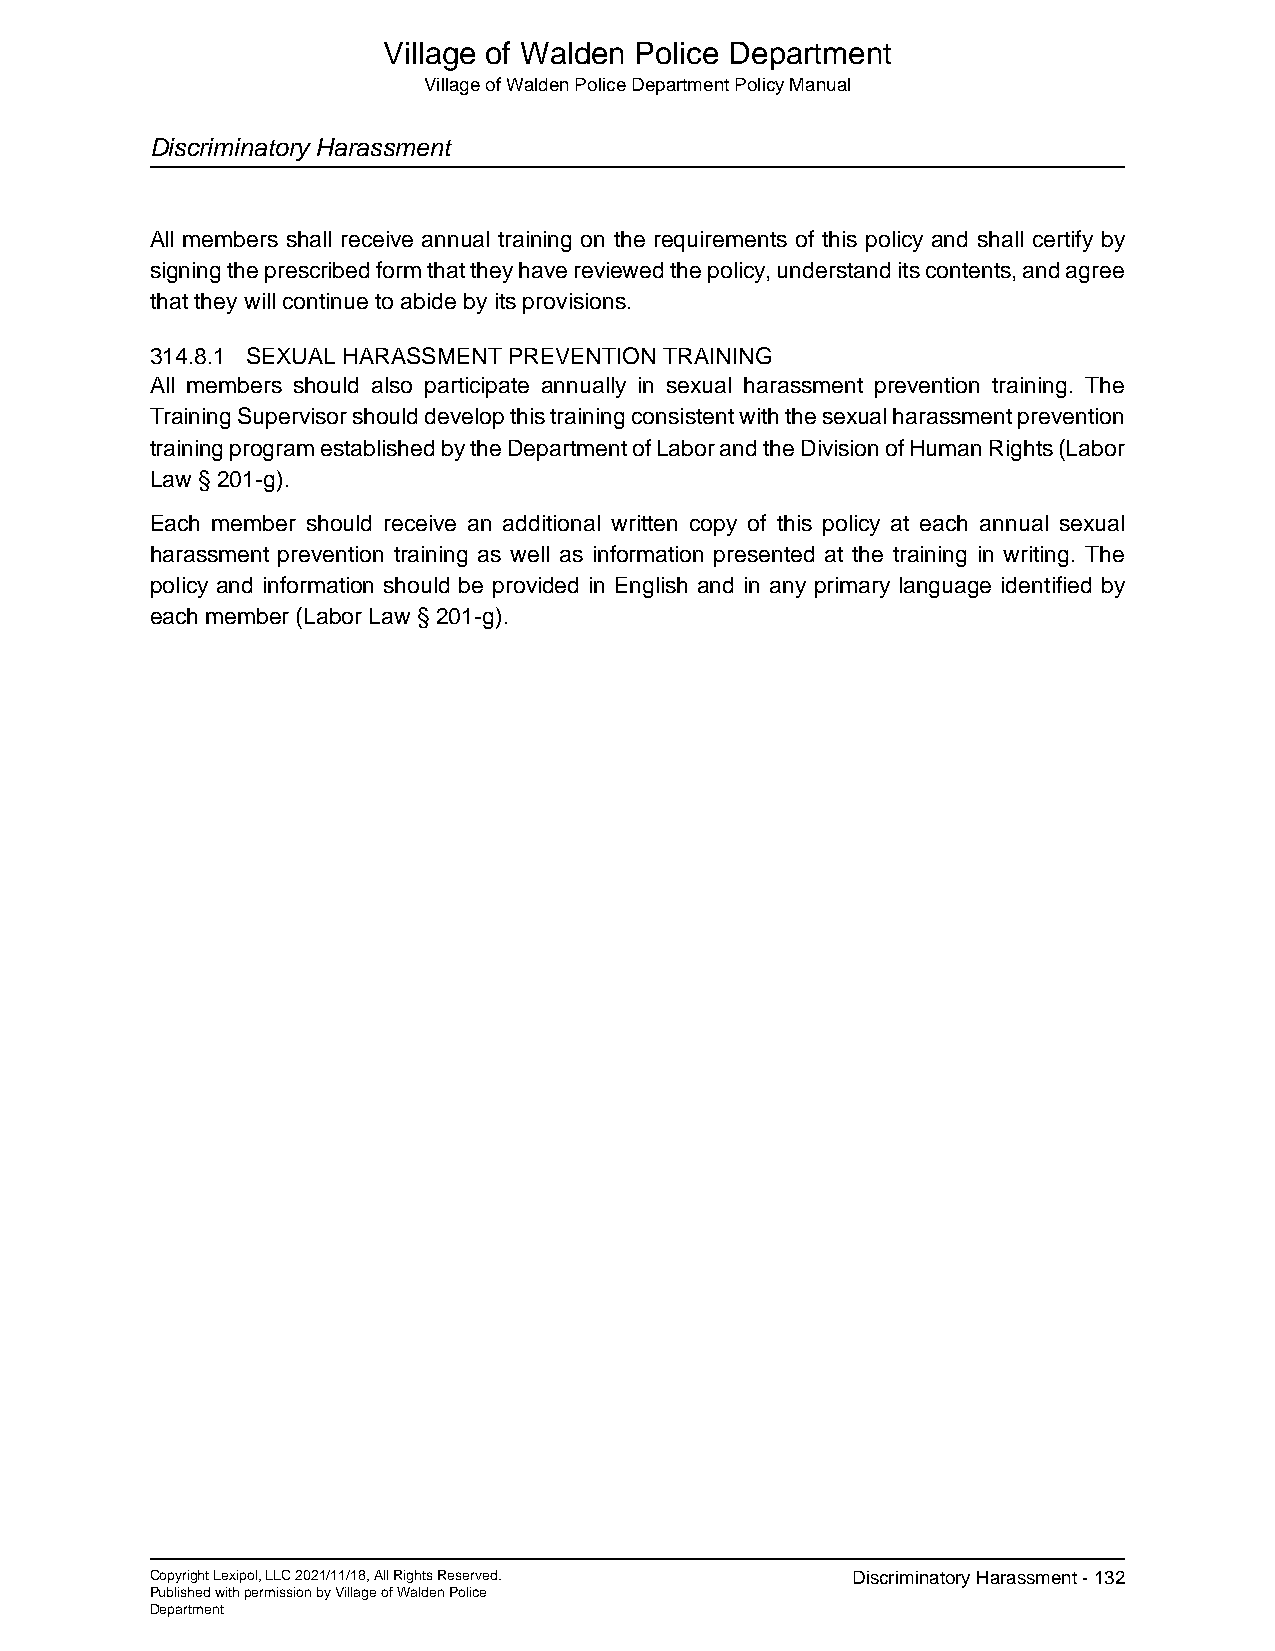
Village of Walden Police Department
 Village of Walden Police Department Policy Manual
 Discriminatory Harassment
 All members shall receive annual training on the requirements of this policy and shall certify by
 signing the prescribed form that they have reviewed the policy, understand its contents, and agree
 that they will continue to abide by its provisions.
 314.8.1 SEXUAL HARASSMENT PREVENTION TRAINING
 All members should also participate annually in sexual harassment prevention training. The
 Training Supervisor should develop this training consistent with the sexual harassment prevention
 training program established by the Department of Labor and the Division of Human Rights (Labor
 Law § 201-g).
 Each member should receive an additional written copy of this policy at each annual sexual
 harassment prevention training as well as information presented at the training in writing. The
 policy and information should be provided in English and in any primary language identified by
 each member (Labor Law § 201-g).
 Copyright Lexipol, LLC 2021/11/18, All Rights Reserved. Discriminatory Harassment - 132
 Published with permission by Village of Walden Police
 Department